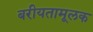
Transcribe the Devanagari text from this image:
बरीयतामूलक